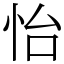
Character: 怡